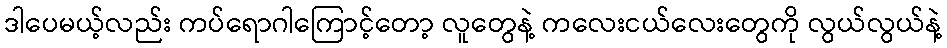
ဒါပေမယ့်လည်း ကပ်ရောဂါကြောင့်တော့ လူတွေနဲ့ ကလေးငယ်လေးတွေကို လွယ်လွယ်နဲ့